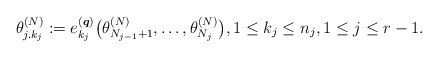
\begin{gather*} \theta_{j.k_{j}}^{(N)}:= e^{({\boldsymbol{q}})}_{k_{j}}\big(\theta_{N_{j-1}+1}^{(N)},\ldots,\theta_{N_{j}}^{(N)}\big), 1 \le k_j \le n_j, 1 \le j \le r-1.\end{gather*}